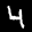
Label: 4